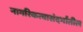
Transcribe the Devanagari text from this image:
नागरिकत्वासंदर्भातील